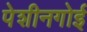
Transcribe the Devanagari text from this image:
पेशीनगोई